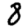
Digit: 8